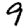
Digit: 9